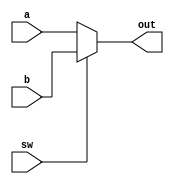
`timescale 1ns / 1ps
//////////////////////////////////////////////////////////////////////////////////
// Company: 
// Engineer: 
// 
// Design Name: 
// Module Name:    Mux 
// Project Name: 
// Target Devices: 
// Tool versions: 
// Description: 
//
// Dependencies: 
//
// Revision: 
// Revision 0.01 - File Created
// Additional Comments: 
//
//////////////////////////////////////////////////////////////////////////////////
module Mux32bit(
    input [31:0]a,
    input [31:0]b,
    input sw,
    output [31:0]out
    );

assign out=sw?b:a;		//1:b   0:a
endmodule